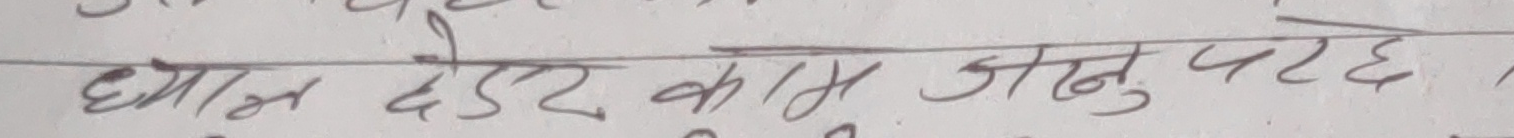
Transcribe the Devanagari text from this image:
घाम छेडेर काम जानुपर्छ